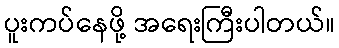
ပူးကပ်နေဖို့ အရေးကြီးပါတယ်။